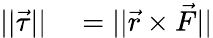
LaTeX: \begin{array}{rl}{||{\vec{\tau}}||}&{{}=||{\vec{r}}\times{\vec{F}}||}\end{array}